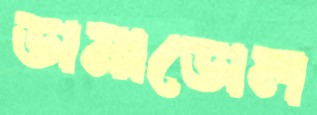
ডামাডোল